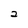
Character: a